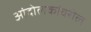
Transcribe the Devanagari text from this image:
आंदोलकांवरील